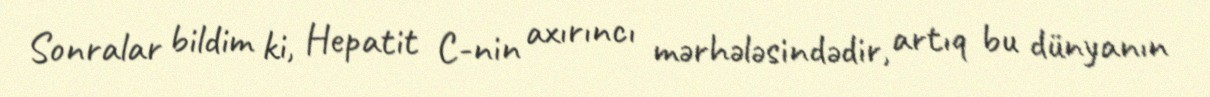
Sonralar bildim ki, Hepatit C-nin axırıncı mərhələsindədir, artıq bu dünyanın